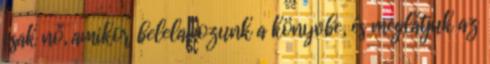
csak nő, amikor belelapozunk a könyvbe, és meglátjuk az